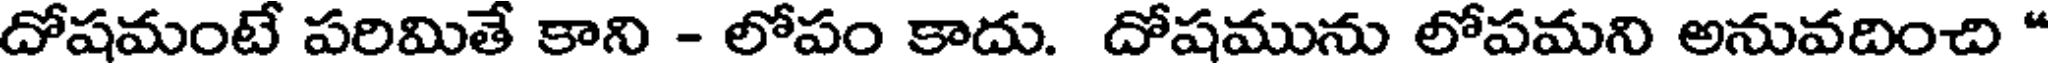
దోషమంటే పరిమితే కాని - లోపం కాదు. దోషమును లోపమని అనువదించి "